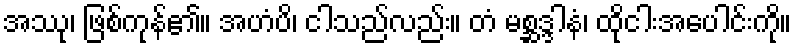
အဿု၊ ဖြစ်ကုန်၏။ အဟံပိ၊ ငါသည်လည်း။ တံ မစ္ဆဒ္ဒါနံ၊ ထိုငါးအပေါင်းကို။